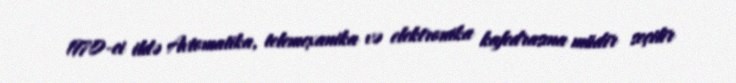
1970-ci ildə Avtomatika, telemexanika və elektronika kafedrasına müdir seçilir